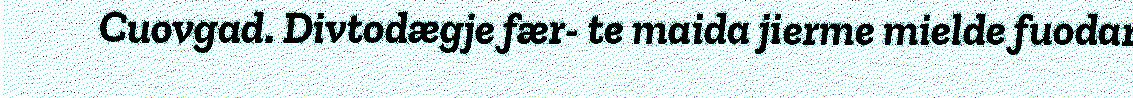
Cuovgad. Divtodægje fær- te maida jierme mielde fuodar